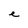
Character: e